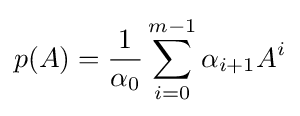
p(A)={\frac {1}{\alpha _{0}}}\sum _{i=0}^{m-1}\alpha _{i+1}A^{i}